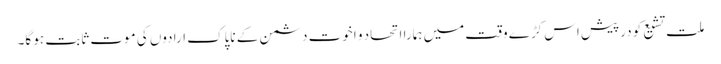
ملت تشیع کو درپیش اس کڑے وقت میں ہمارا اتحاد و اخوت دشمن کے ناپاک ارادوں کی موت ثابت ہو گا۔